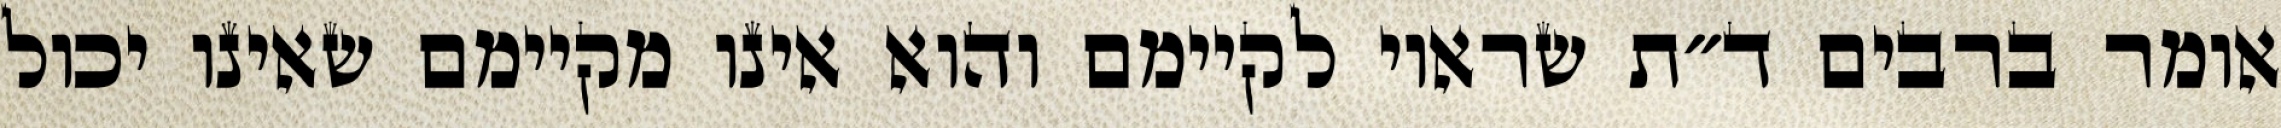
אומר ברבים ד״ת שראוי לקיימם והוא אינו מקיימם שאינו יכול